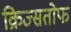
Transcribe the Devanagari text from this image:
क्रिज्सतोफ